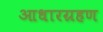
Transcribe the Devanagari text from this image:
आधारग्रहण